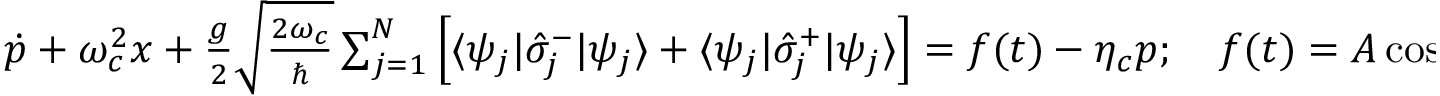
\begin{array} { r } { \dot { p } + \omega _ { c } ^ { 2 } x + \frac { g } { 2 } \sqrt { \frac { 2 \omega _ { c } } { \hbar } } \sum _ { j = 1 } ^ { N } \left[ \langle \psi _ { j } | \hat { \sigma } _ { j } ^ { - } | \psi _ { j } \rangle + \langle \psi _ { j } | \hat { \sigma } _ { j } ^ { + } | \psi _ { j } \rangle \right] = f ( t ) - \eta _ { c } p ; \quad f ( t ) = A \cos ( \omega t ) , } \end{array}